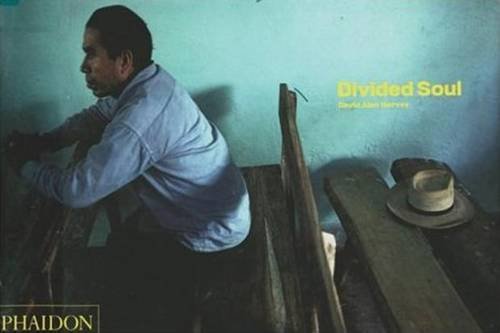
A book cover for Divided Soul; David Alan Harvey; Travel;